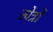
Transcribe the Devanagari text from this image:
खेत्रों